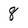
Character: 8